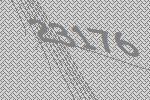
23176